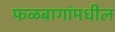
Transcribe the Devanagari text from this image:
फळबागांमधील